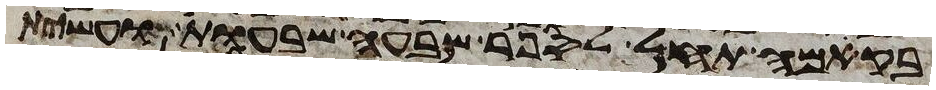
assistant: בקמה תחל לספר שבעה שבעות ועשית